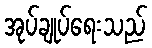
အုပ်ချုပ်ရေးသည်